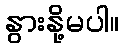
နွားနို့မပါ။